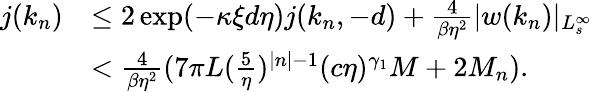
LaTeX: \begin{array}{rl}{j(k_{n})}&{\le 2\exp(-\kappa\xi d\eta)j(k_{n},-d)+\frac 4{\beta\eta^{2}}\vert w(k_{n})\vert_{L_{s}^{\infty}}}\\ &{<\frac 4{\beta\eta^{2}}(7\pi L(\frac 5\eta)^{\vert n\vert-1}(c\eta)^{\gamma_{1}}M+2M_{n}).}\end{array}